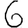
Digit: 6